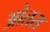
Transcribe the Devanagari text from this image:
ओतरा